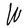
Character: W